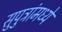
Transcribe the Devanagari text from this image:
सुपुत्रांमध्ये